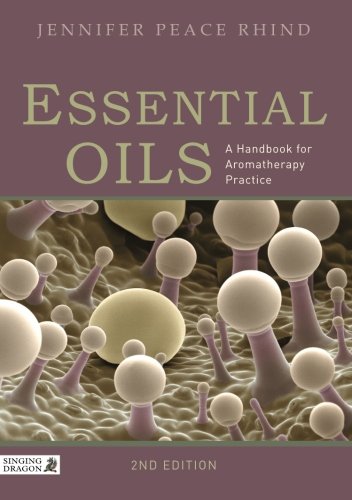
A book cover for Essential Oils: A Handbook for Aromatherapy Practice Second Edition; Jennifer Peace Rhind; Health, Fitness & Dieting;